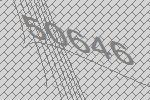
50646